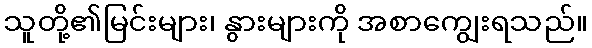
သူတို့၏မြင်းများ၊ နွားများကို အစာကျွေးရသည်။